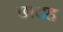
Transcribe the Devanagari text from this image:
छादह